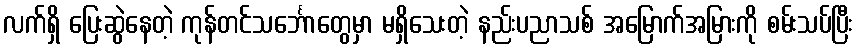
လက်ရှိ ပြေးဆွဲနေတဲ့ ကုန်တင်သင်္ဘောတွေမှာ မရှိသေးတဲ့ နည်းပညာသစ် အမြောက်အမြားကို စမ်းသပ်ပြီး